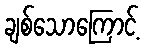
ချစ်သောကြောင့်